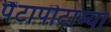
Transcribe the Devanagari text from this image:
पैंटापोटाम्या